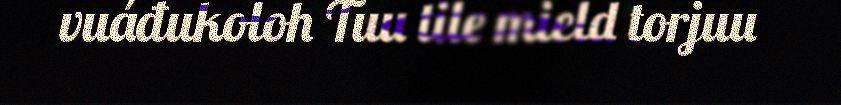
vuáđukoloh Tuu tile mield torjuu